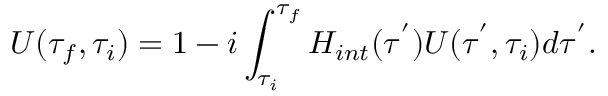
U ( \tau _ { f } , \tau _ { i } ) = 1 - i \int _ { \tau _ { i } } ^ { \tau _ { f } } H _ { i n t } ( \tau ^ { ' } ) U ( \tau ^ { ' } , \tau _ { i } ) d \tau ^ { ' } .